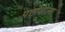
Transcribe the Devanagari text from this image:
पत्तोंवाला